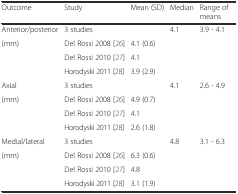
| Outcome | Study | Mean (SD) | Median | <COLSPAN=2> Range of means |
 | --- | --- | --- | --- | --- | --- |
 | Anterior/posterior | 3 studies |  | 4.1 | 3.9 - 4.1 |  |
 | (mm) | Del Rossi 2008 [26] | 4.1 (0.6) |  |  |  |
 |  | Del Rossi 2010 [27] | 4.1 |  |  |  |
 |  | Horodyski 2011 [28] | 3.9 (2.9) |  |  |  |
 | Axial | 3 studies |  | 4.1 | 2.6 - 4.9 |  |
 | (mm) | Del Rossi 2008 [26] | 4.9 (0.7) |  |  |  |
 |  | Del Rossi 2010 [27] | 4.1 |  |  |  |
 |  | Horodyski 2011 [28] | 2.6 (1.8) |  |  |  |
 | Medial/lateral | 3 studies |  | 4.8 | 3.1 - 6.3 |  |
 | (mm) | Del Rossi 2008 [26] | 6.3 (0.6) |  |  |  |
 |  | Del Rossi 2010 [27] | 4.8 |  |  |  |
 |  | Horodyski 2011 [28] | 3.1 (1.9) |  |  |  |